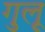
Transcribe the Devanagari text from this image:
गुलू